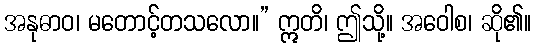
အနုဓာဝ၊ မတောင့်တသလော။” ဣတိ၊ ဤသို့။ အဝေါစ၊ ဆို၏။